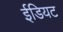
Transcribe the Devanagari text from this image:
ईडियट